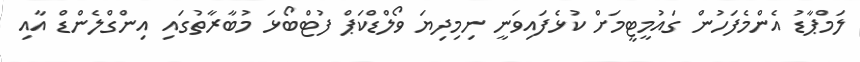
ލަމްޕާޑު އެންމެފަހުން ގައުމީޓީމަށް ކުޅެފައިވަނީ ނިމިދިޔަ ވޯލްޑްކަޕް ފުޓްބޯޅަ މުބާރާތުގައި އިންގްލެންޑް އާއި